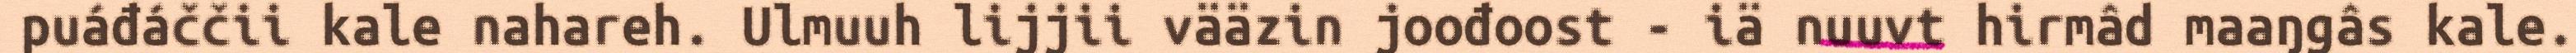
puáđáččii kale nahareh. Ulmuuh lijjii vääzin joođoost - iä nuuvt hirmâd maaŋgâs kale.